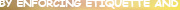
BY ENFORCING ETIQUETEE AND